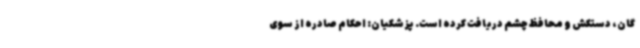
گان، دستکش و محافظ چشم دریافت کرده است. پزشکیان: احکام صادره از سوی